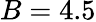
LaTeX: B=4.5